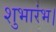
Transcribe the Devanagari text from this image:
शुभारंभ।